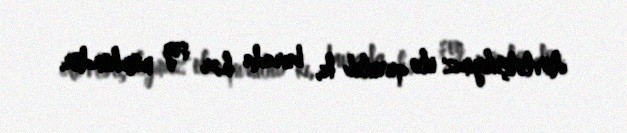
dövlətçiliyimiz elə qurulub ki, burada hər şey mümkündür.